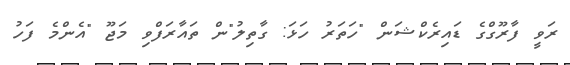
ރަވީ ފާރޫގްގެ ޑައިރެކްޝަން "ހަތަރު ހަޅަ: ގާތިލު"ން ތައާރަފްވި މަޖޫ "އެންމެ ފަހު